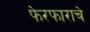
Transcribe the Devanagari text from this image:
फेरफाराचे